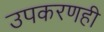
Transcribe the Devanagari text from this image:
उपकरणही